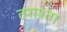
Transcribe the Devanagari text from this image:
तराश्ता